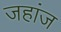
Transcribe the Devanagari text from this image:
जहांज